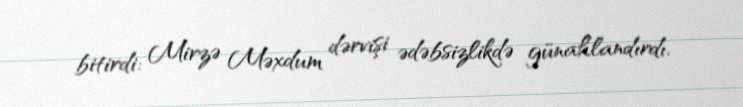
bitirdi: Mirzə Məxdum dərvişi ədəbsizlikdə günahlandırdı.